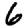
Digit: 6